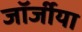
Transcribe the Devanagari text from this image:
जॉर्जीया